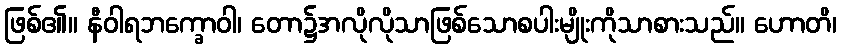
ဖြစ်၏။ နီဝါရဘက္ခောဝါ၊ တော၌အလိုလိုသာဖြစ်သောစပါးမျိုးကိုသာစားသည်။ ဟောတိ၊